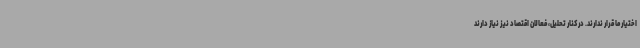
اختیار ما قرار ندارند. در کنار تحلیل، فعالان اقتصاد نیز نیاز دارند